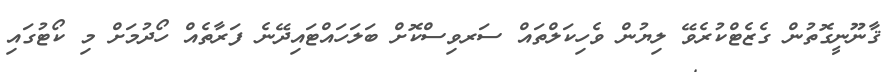
ޤާނޫނީގޮތުން ގެޒެޓްކުރެވޭ ލިޔުން ވެހިކަލްތައް ސަރވިސްކޮށް ބަލަހައްޓައިދޭނެ ފަރާތެއް ހޯދުމަށް މި ކޯޓުގައި